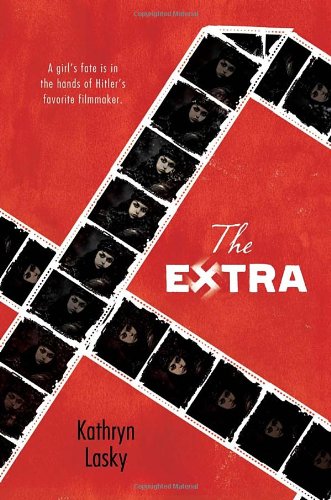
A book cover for The Extra; Kathryn Lasky; Teen & Young Adult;